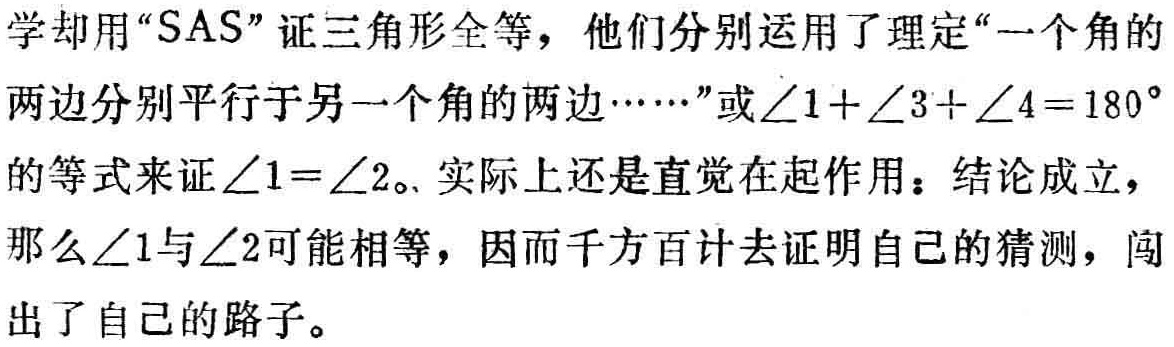
学却用“SAS”证三角形全等，他们分别运用了理定“一个角的
两边分别平行于另一个角的两边……”或\(\angle1 + \angle3+\angle4 = 180^{\circ}\)
的等式来证\(\angle1=\angle2\)。实际上还是直觉在起作用：结论成立，
那么\(\angle1\)与\(\angle2\)可能相等，因而千方百计去证明自己的猜测，闯
出了自己的路子。